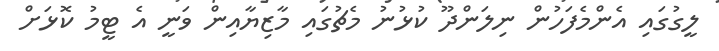
ލީގުގައި އެންމެފަހުން ނިލަންދޫ ކުޅުނު މެޗުގައި މާޒިޔާއިން ވަނީ އެ ޓީމު ކޮޅަށް